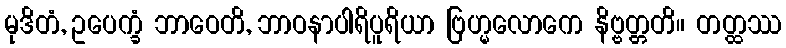
မုဒိတံ, ဥပေက္ခံ ဘာဝေတိ, ဘာဝနာပါရိပူရိယာ ဗြဟ္မလောကေ နိဗ္ဗတ္တတိ။ တတ္ထဿ